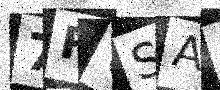
Text: 7RVSAS